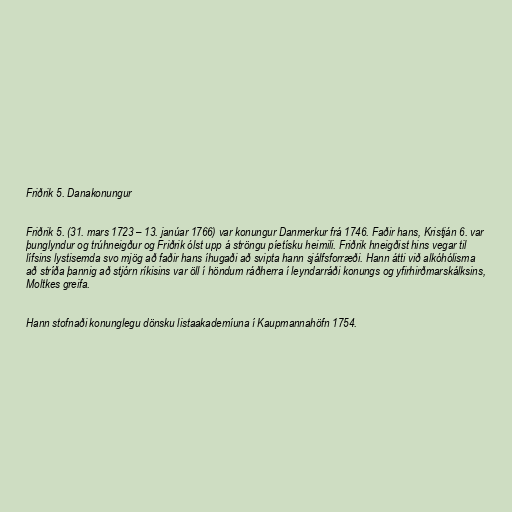
Friðrik 5. Danakonungur

Friðrik 5. (31. mars 1723 – 13. janúar 1766) var konungur Danmerkur frá 1746. Faðir hans, Kristján 6. var
þunglyndur og trúhneigður og Friðrik ólst upp á ströngu píetísku heimili. Friðrik hneigðist hins vegar til
lífsins lystisemda svo mjög að faðir hans íhugaði að svipta hann sjálfsforræði. Hann átti við alkóhólisma
að stríða þannig að stjórn ríkisins var öll í höndum ráðherra í leyndarráði konungs og yfirhirðmarskálksins,
Moltkes greifa.

Hann stofnaði konunglegu dönsku listaakademíuna í Kaupmannahöfn 1754.